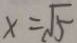
x = \sqrt { 5 }